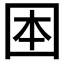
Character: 𡇐